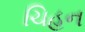
ચિહન